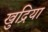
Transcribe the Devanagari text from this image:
खुद्रिया